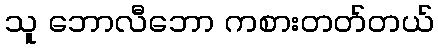
သူ ဘောလီဘော ကစားတတ်တယ်